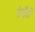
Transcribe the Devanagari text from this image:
बेर्नोर्दो